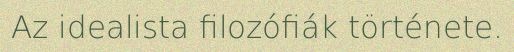
Az idealista filozófiák története.